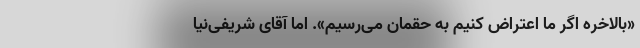
«بالاخره اگر ما اعتراض کنیم به حقمان می‌رسیم». اما آقای شریفی‌نیا